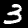
Label: 3